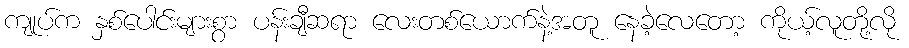
ကျုပ်က နှစ်ပေါင်းများစွာ ပန်းချီဆရာ လေးတစ်ယောက်နဲ့အတူ နေခဲ့လေတော့ ကိုယ့်လူတို့လို